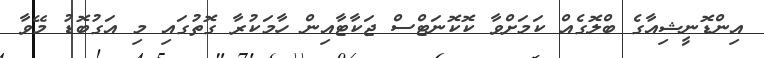
އިންޑޮނީޝިއާގެ ބްލޮގެއް ކަމަށްވާ ކޮކޮނަޓްސް ޖަކާޓާއިން ހާމަކުރާ ގޮތުގައި މި އަގުބޮޑު މޭވާ